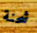
شحنة